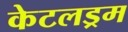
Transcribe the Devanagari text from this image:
केटलड्रम